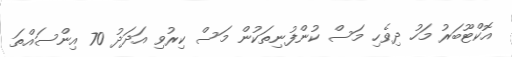
އޮކްޓޫބަރު މަހު ދިވެހި މަސް ކުންފުނިތަކުން މަސް ކިރުވި އަދަދު 70 އިންސައްތަ